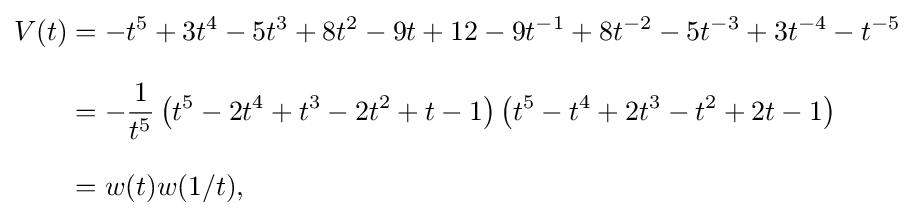
{\begin{aligned}V(t)&=-t^{5}+3t^{4}-5t^{3}+8t^{2}-9t+12-9t^{-1}+8t^{-2}-5t^{-3}+3t^{-4}-t^{-5}\\[8pt]&=-{\frac {1}{t^{5}}}\left(t^{5}-2t^{4}+t^{3}-2t^{2}+t-1\right)\left(t^{5}-t^{4}+2t^{3}-t^{2}+2t-1\right)\\[8pt]&=w(t)w(1/t),\,\end{aligned}}